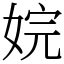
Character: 㛡